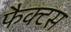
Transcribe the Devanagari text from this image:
फैक्टस